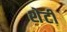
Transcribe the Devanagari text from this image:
शेटी